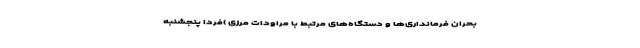
بحران فرمانداری‌ها و دستگاه‌های مرتبط با مراودات مرزی )فردا پنجشنبه